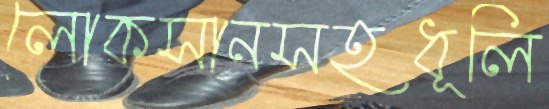
লোকসানসহধূলি